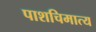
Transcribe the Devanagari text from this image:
पाशचिमात्य